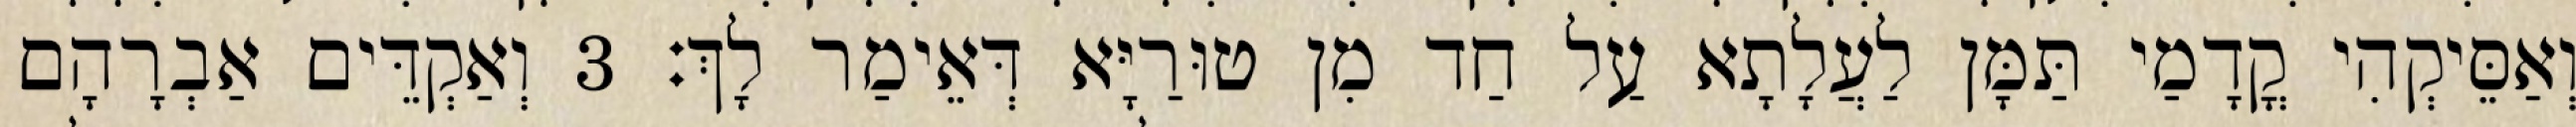
וְאַסֵּיקְהִי קֳדָמַי תַּמָּן לַעֲלָתָא עַל חַד מִן טוּרַיָּא דְּאֵימַר לָךְ׃ 3 וְאַקְדֵּים אַבְרָהָם